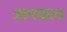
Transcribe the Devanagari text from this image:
ज्ञापकत्व